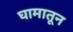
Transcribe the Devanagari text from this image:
घामातून